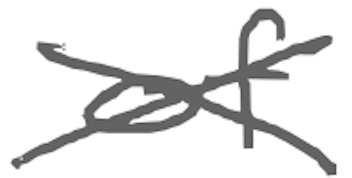
Text: of
Cross-out: cross
Writing tool: digital_gray